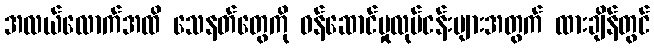
အလယ်လောက်အထိ သေနတ်တွေကို ဝန်ဆောင်မှုလုပ်ငန်းများအတွက် ထားချိန်တွင်